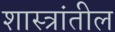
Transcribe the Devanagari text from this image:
शास्त्रांतील